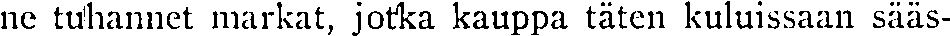
ne tuhannet markat, jotka kauppa täten kuluissaan sääs-